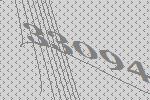
33094